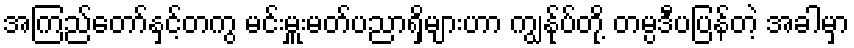
အကြည်တော်နှင့်တကွ မင်းမှူးမတ်ပညာရှိများဟာ ကျွန်ုပ်တို့ တမ္ပဒီပပြန်တဲ့ အခါမှာ